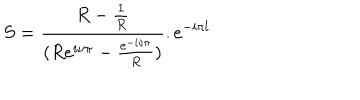
S = \frac { R - \frac { 1 } { R } } { ( R e ^ { i \nu \pi } - \frac { e ^ { - i \nu \pi } } { R } ) } . e ^ { - i \pi l }